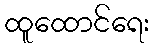
ထူထောင်ရေး